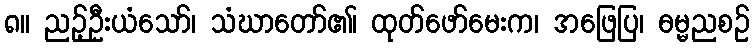
၈။ ညဉ့်ဦးယံသော်၊ သံဃာတော်၏၊ ထုတ်ဖော်မေးက၊ အဖြေပြ၊ ဓမ္မညစဉ်